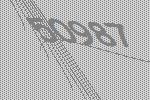
50987